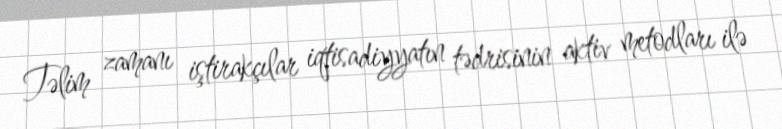
Təlim zamanı iştirakçılar iqtisadiyyatın tədrisinin aktiv metodları ilə